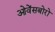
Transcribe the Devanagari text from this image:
ओवेंसबोरो